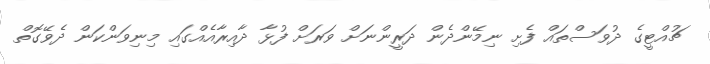
ޗުއްޓީގެ ދުވަސްތައް ފެށި ނިމޭންދެން ދަރީންނަށް ވަރަށް ފުޅާ ދާއިރާއެއްގައި މިނިވަންކަން ދެވޭގޮތް